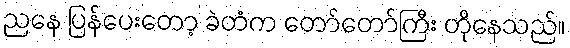
ညနေ ပြန်ပေးတော့ ခဲတံက တော်တော်ကြီး တိုနေသည်။